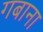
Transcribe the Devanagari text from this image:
गबाना